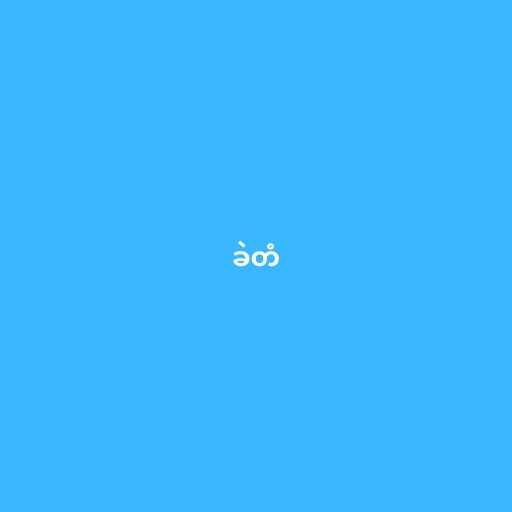
ခဲတံ